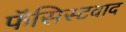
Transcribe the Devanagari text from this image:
फॅसिस्टवाद